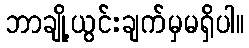
ဘာချို့ယွင်းချက်မှမရှိပါ။